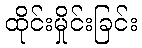
ထိုင်းမှိုင်းခြင်း